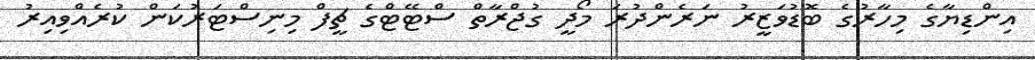
އިންޑިޔާގެ މިހާރުގެ ބޮޑުވަޒީރު ނަރެންދުރަ މޯދީ ގުޖްރާތް ސްޓޭޓްގެ ޗީފް މިނިސްޓަރުކަން ކުރެއްވިއިރު